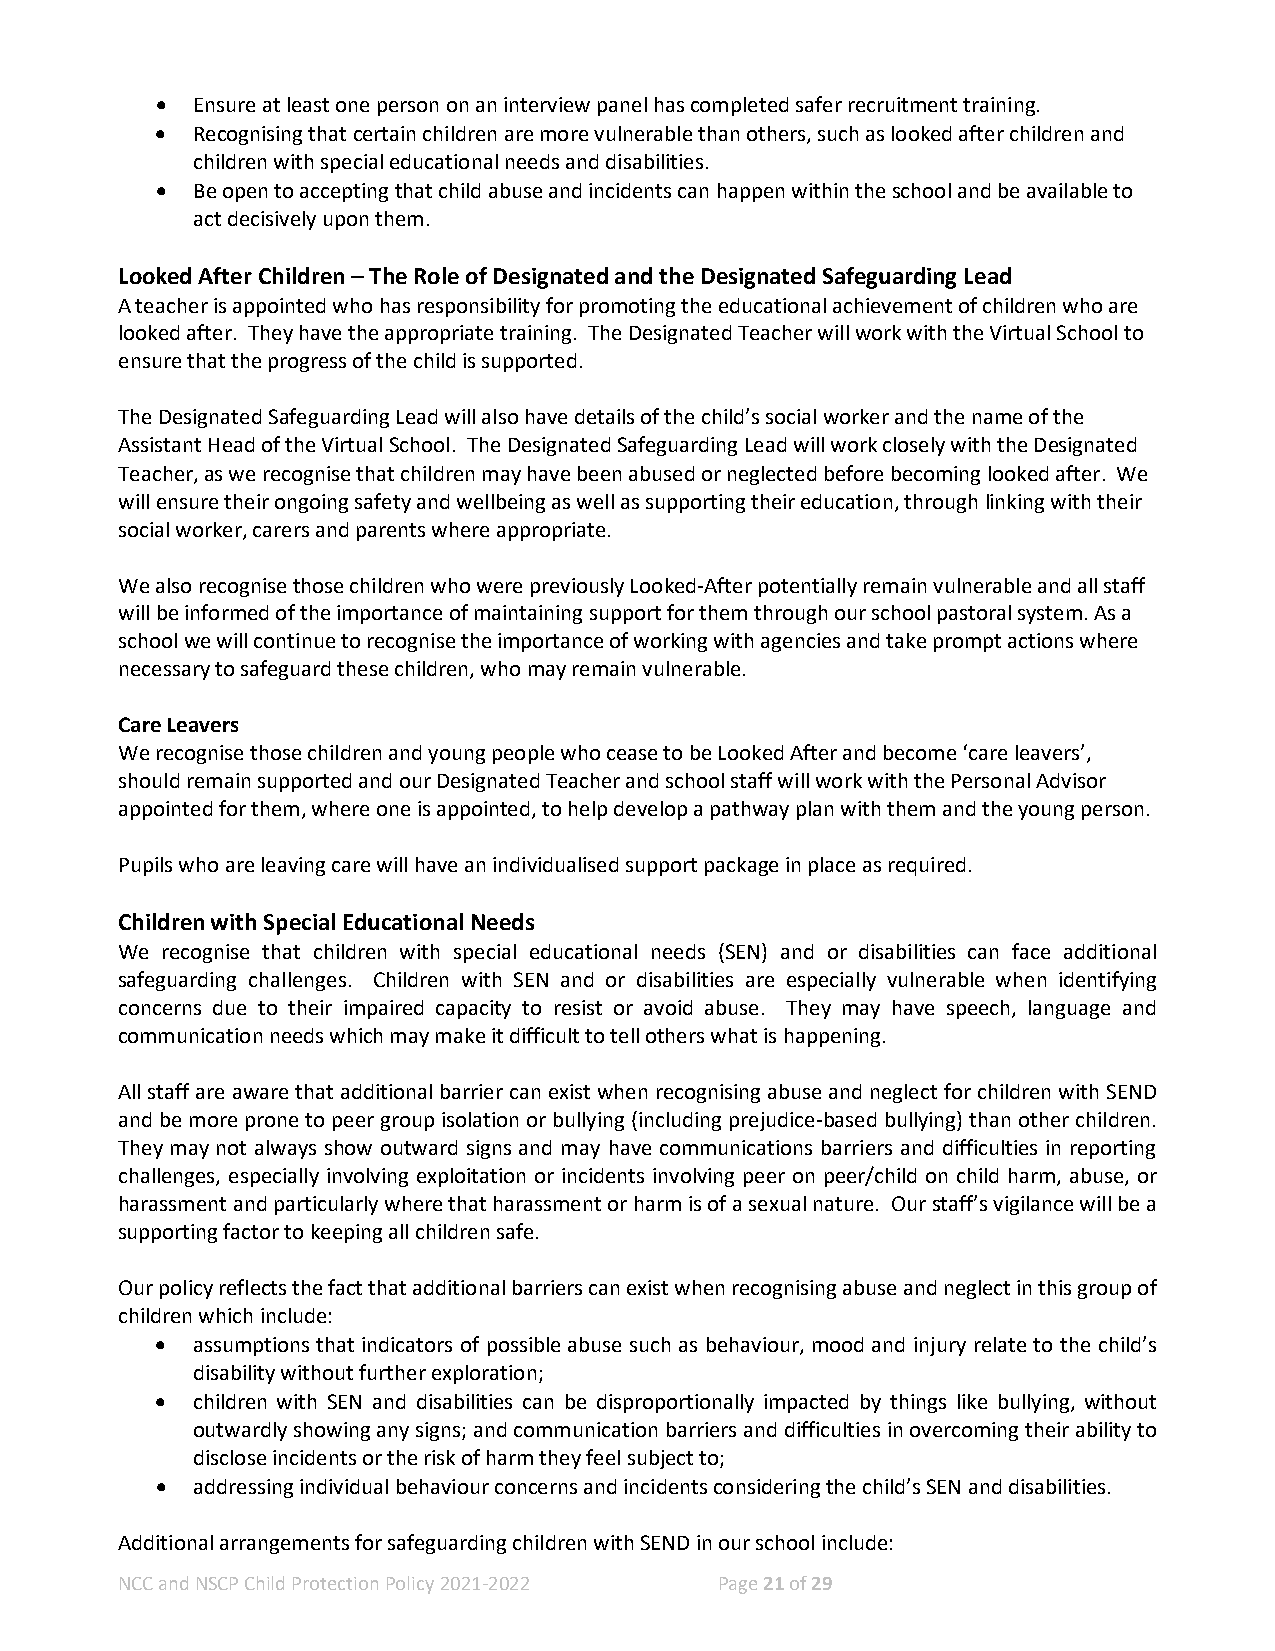
•  Ensure at least one person on an interview panel has completed safer recruitment training.
 •  Recognising that certain children are more vulnerable than others, such as looked after children and
 children with special educational needs and disabilities.
 •  Be open to accepting that child abuse and incidents can happen within the school and be available to
 act decisively upon them.
 Looked After Children – The Role of Designated and the Designated Safeguarding Lead
 A teacher is appointed who has responsibility for promoting the educational achievement of children who are
 looked after. They have the appropriate training. The Designated Teacher will work with the Virtual School to
 ensure that the progress of the child is supported.
 The Designated Safeguarding Lead will also have details of the child’s social worker and the name of the
 Assistant Head of the Virtual School. The Designated Safeguarding Lead will work closely with the Designated
 Teacher, as we recognise that children may have been abused or neglected before becoming looked after. We
 will ensure their ongoing safety and wellbeing as well as supporting their education, through linking with their
 social worker, carers and parents where appropriate.
 We also recognise those children who were previously Looked-After potentially remain vulnerable and all staff
 will be informed of the importance of maintaining support for them through our school pastoral system. As a
 school we will continue to recognise the importance of working with agencies and take prompt actions where
 necessary to safeguard these children, who may remain vulnerable.
 Care Leavers
 We recognise those children and young people who cease to be Looked After and become ‘care leavers’,
 should remain supported and our Designated Teacher and school staff will work with the Personal Advisor
 appointed for them, where one is appointed, to help develop a pathway plan with them and the young person.
 Pupils who are leaving care will have an individualised support package in place as required.
 Children with Special Educational Needs
 We recognise that children with special educational needs (SEN) and or disabilities can face additional
 safeguarding challenges. Children with SEN and or disabilities are especially vulnerable when identifying
 concerns due to their impaired capacity to resist or avoid abuse. They may have speech, language and
 communication needs which may make it difficult to tell others what is happening.
 All staff are aware that additional barrier can exist when recognising abuse and neglect for children with SEND
 and be more prone to peer group isolation or bullying (including prejudice-based bullying) than other children.
 They may not always show outward signs and may have communications barriers and difficulties in reporting
 challenges, especially involving exploitation or incidents involving peer on peer/child on child harm, abuse, or
 harassment and particularly where that harassment or harm is of a sexual nature. Our staff’s vigilance will be a
 supporting factor to keeping all children safe.
 Our policy reflects the fact that additional barriers can exist when recognising abuse and neglect in this group of
 children which include:
 •  assumptions that indicators of possible abuse such as behaviour, mood and injury relate to the child’s
 disability without further exploration;
 •  children with SEN and disabilities can be disproportionally impacted by things like bullying, without
 outwardly showing any signs; and communication barriers and difficulties in overcoming their ability to
 disclose incidents or the risk of harm they feel subject to;
 •  addressing individual behaviour concerns and incidents considering the child’s SEN and disabilities.
 Additional arrangements for safeguarding children with SEND in our school include:
 NCC and NSCP Child Protection Policy 2021-2022 Page 21 of 29